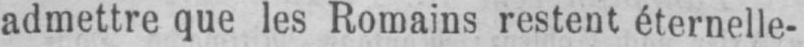
admettre que les Romains restent éternelle-